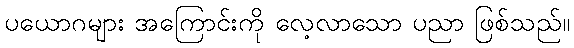
ပယောဂများ အကြောင်းကို လေ့လာသော ပညာ ဖြစ်သည်။